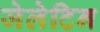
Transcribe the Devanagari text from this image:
जेलेटिन